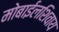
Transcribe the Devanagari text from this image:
मोबाईलशिवाय